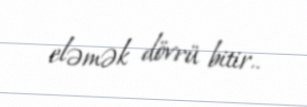
eləmək dövrü bitir..